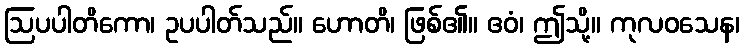
ဩပပါတိကော၊ ဥပပါတ်သည်။ ဟောတိ၊ ဖြစ်၏။ ဧဝံ၊ ဤသို့။ ကုလဝသေန၊